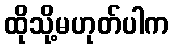
ထိုသို့မဟုတ်ပါက